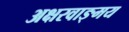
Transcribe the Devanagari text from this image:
अक्षरवाङ्मय